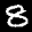
Label: 8